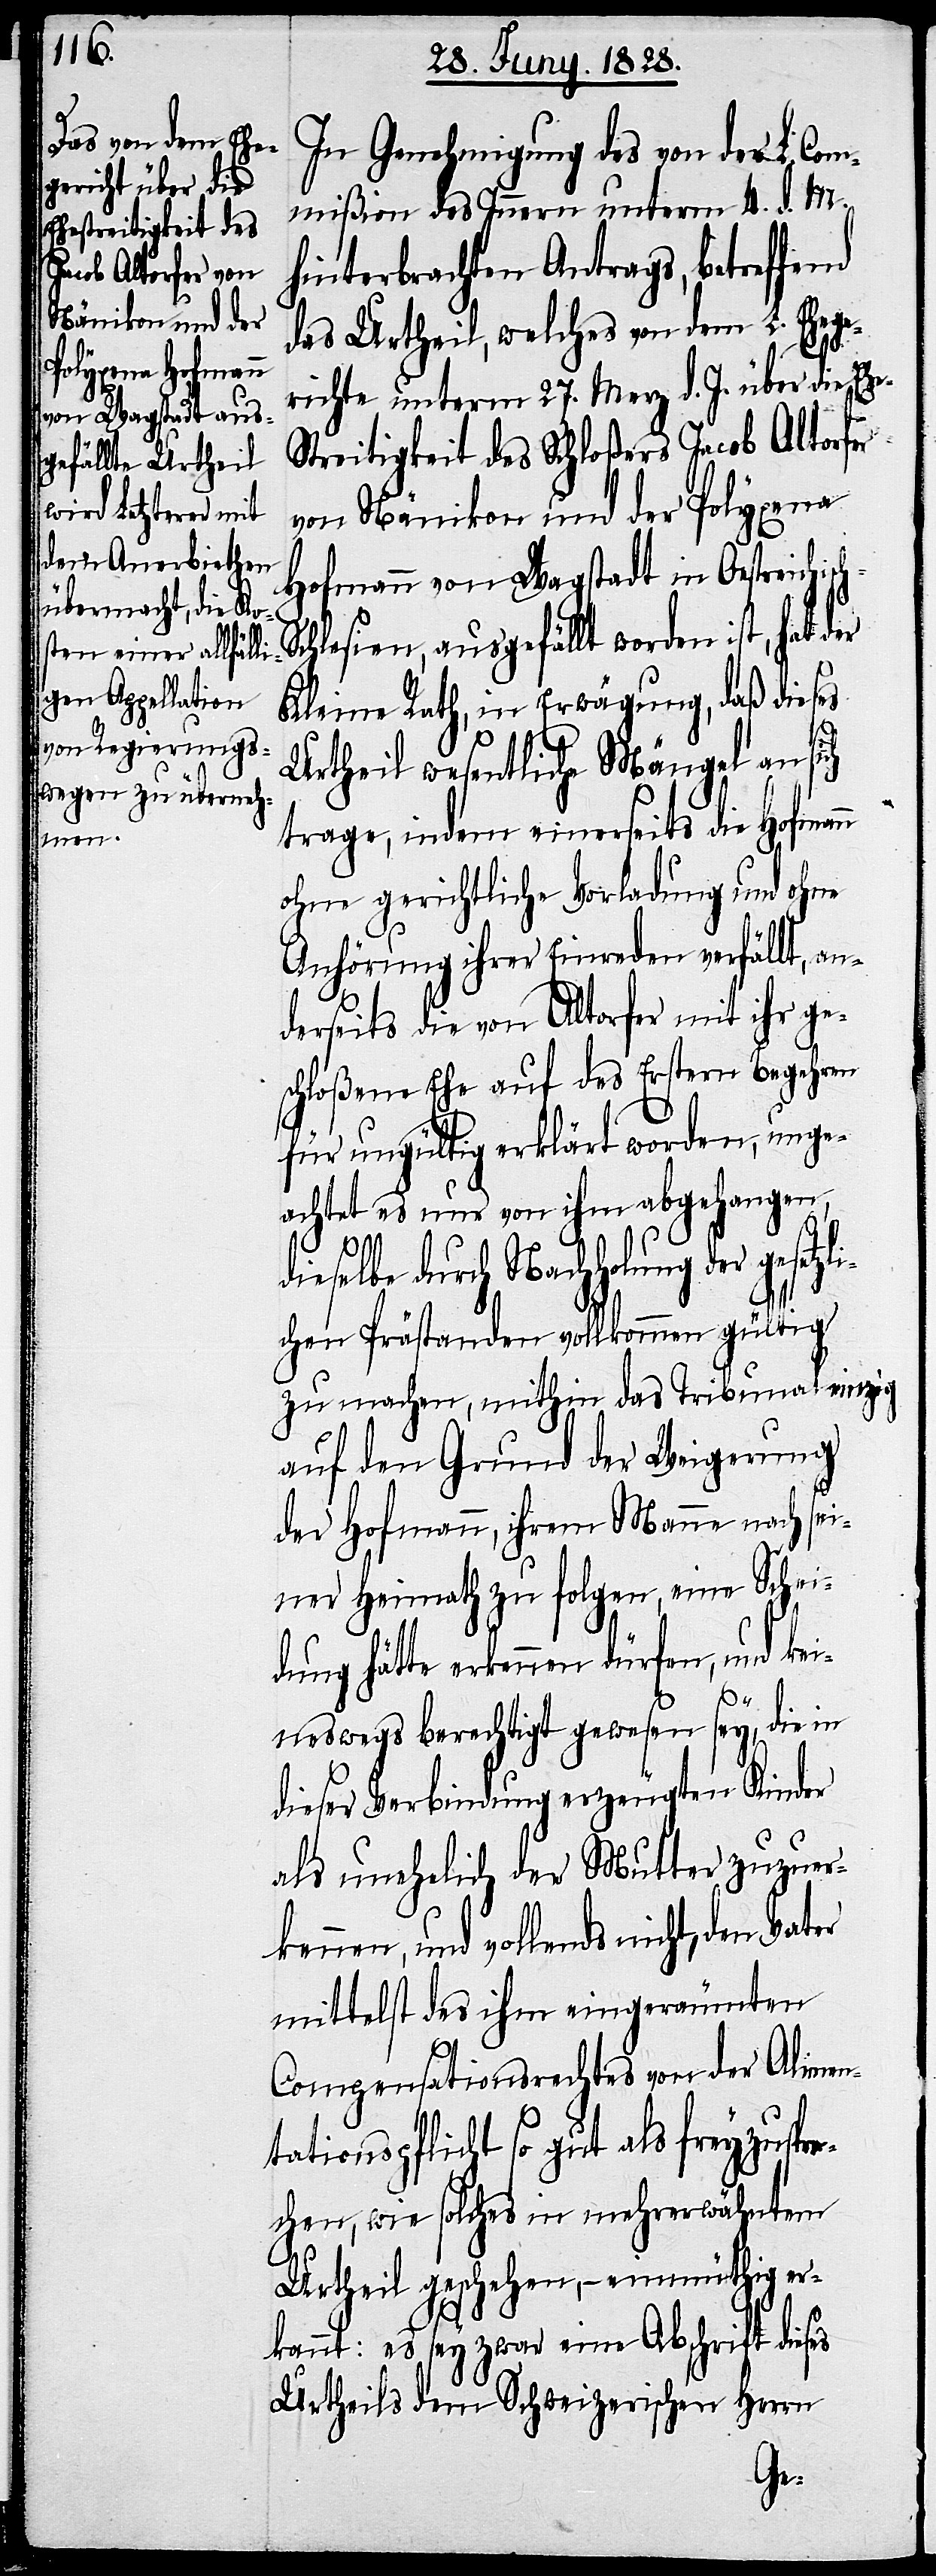
In Genehmigung des von der L. Com¬
mißion des Innern untern 4. d. M.
hinterbrachten Antrags, betreffend
das Urtheil, welches von dem L. Ehege¬
richte unterm 27. Merz d. J. über die Eh¬
treitigkeit des Schloßers Jacob Altorfer
von Nänikon und der Polyxena
Hofmann von Wagstadt in Oestreichisc¬
chlesien, ausgefällt worden ist, hat
Kleine Rath, in Erwägung, daß dieses
Urtheil wesentliche Mängel an sich
trage, indem einerseits die Hofman¬
ohne gerichtliche Vorladung und ohne
Anhörung ihrer Einreden verfällt, an¬
derseits die von Altorfer mit ihr ge¬
schloßene Ehe auf des Erstern Begehren
für ungültig erklärt worden, unge¬
achtet es nur von ihm abgehangen,
dieselbe durch Nachholung der gesetzl¬
ichen Prästanden vollkommen gültig
zu machen, mithin das Tribunal einzig
auf den Grund der Weigerung
der Hofmann, ihrem Manne nach sei¬
ner Heimath zu folgen, eine Schei¬
dung hätte erkennen dürfen, und kei¬
n
neswegs berechtigt gewesen sey, die in
dieser Verbindung erzeugten Kinder
als unehelich der Mutter zuzuer¬
kennen, und vollends nicht, den Vater
mittelst des ihm eingeräumten
Compensationsrechtes von der Alimen¬
tationspflicht so gut als freyzuspre¬
chen, wie solche in mehrerwähntem
Urtheil geschehen, – einmüthig er¬
kannt: es sey zwar eine Abschrift dieses
Urtheils dem Schweizerischen Herrn
h-S¬